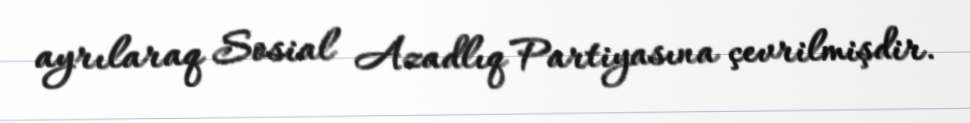
ayrılaraq Sosial Azadlıq Partiyasına çevrilmişdir.